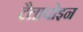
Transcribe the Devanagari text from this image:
टैलापोइन